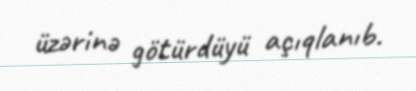
üzərinə götürdüyü açıqlanıb.